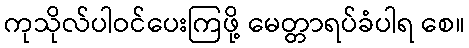
ကုသိုလ်ပါဝင်ပေးကြဖို့ မေတ္တာရပ်ခံပါရ စေ။